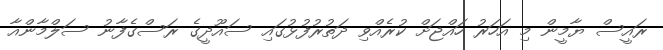
ރައީސް ޔާމީން މި އަހަރު ހައްޖަށް ކުރެއްވި ދަތުރުފުޅުގައި ސައޫދީގެ ރަސްގެފާނު ސަލްމާންއާ